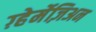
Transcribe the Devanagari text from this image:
ग़्हेर्मेज़िअन